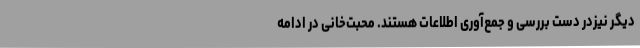
دیگر نیزدر دست بررسی و جمع‌آوری اطلاعات هستند. محبت‌خانی در ادامه